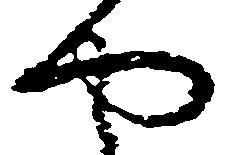
や